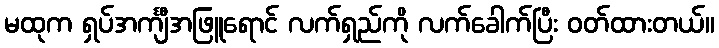
မထုက ရှပ်အင်္ကျီအဖြူရောင် လက်ရှည်ကို လက်ခေါက်ပြီး ဝတ်ထားတယ်။